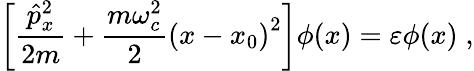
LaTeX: \left[\frac{\hat{p}_{x}^{2}}{2m}+\frac{m\omega_{c}^{2}}{2}\left(x-x_{0}\right)^{2}\right]\phi(x)=\varepsilon\phi(x)\; ,